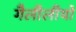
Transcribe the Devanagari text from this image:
गैलीलीयो